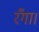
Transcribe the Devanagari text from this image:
रँगा।